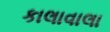
કાલાવાલા